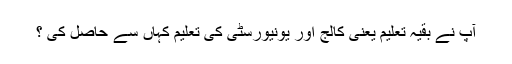
آپ نے بقیہ تعلیم یعنی کالج اور یونیورسٹی کی تعلیم کہاں سے حاصل کی ؟